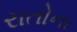
રાતોના